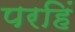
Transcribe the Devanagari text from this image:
परहिं